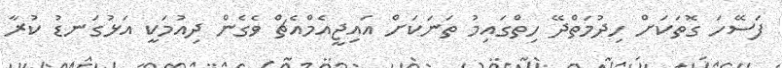
ފަސޭހަ ގޮތަކަށް ހިދުމަތްދޭ ހިތްގައިމު ތަނަކަށް އައިޖީއެމްއެޗް ވެގެން ދިއުމަކީ އަޅުގަނޑު ކުރާ